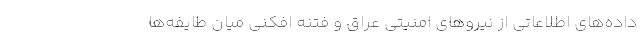
داده‌های اطلاعاتی از نیروهای امنیتی عراق و فتنه افکنی میان طایفه‌ها